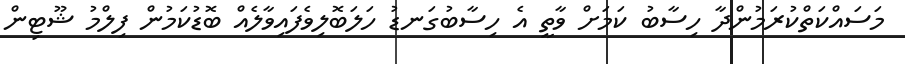
މަސައްކަތްކުރަމުންދާ ހިސާބު ކަމަށް ވާތީ އެ ހިސާބުގަނޑު ހަލަބޮލިވެފައިވާލެއް ބޮޑުކަމުން ފިލްމު ޝޫޓިން